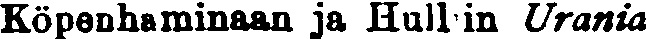
Köpenhaminaan ja Hull:in Urania,